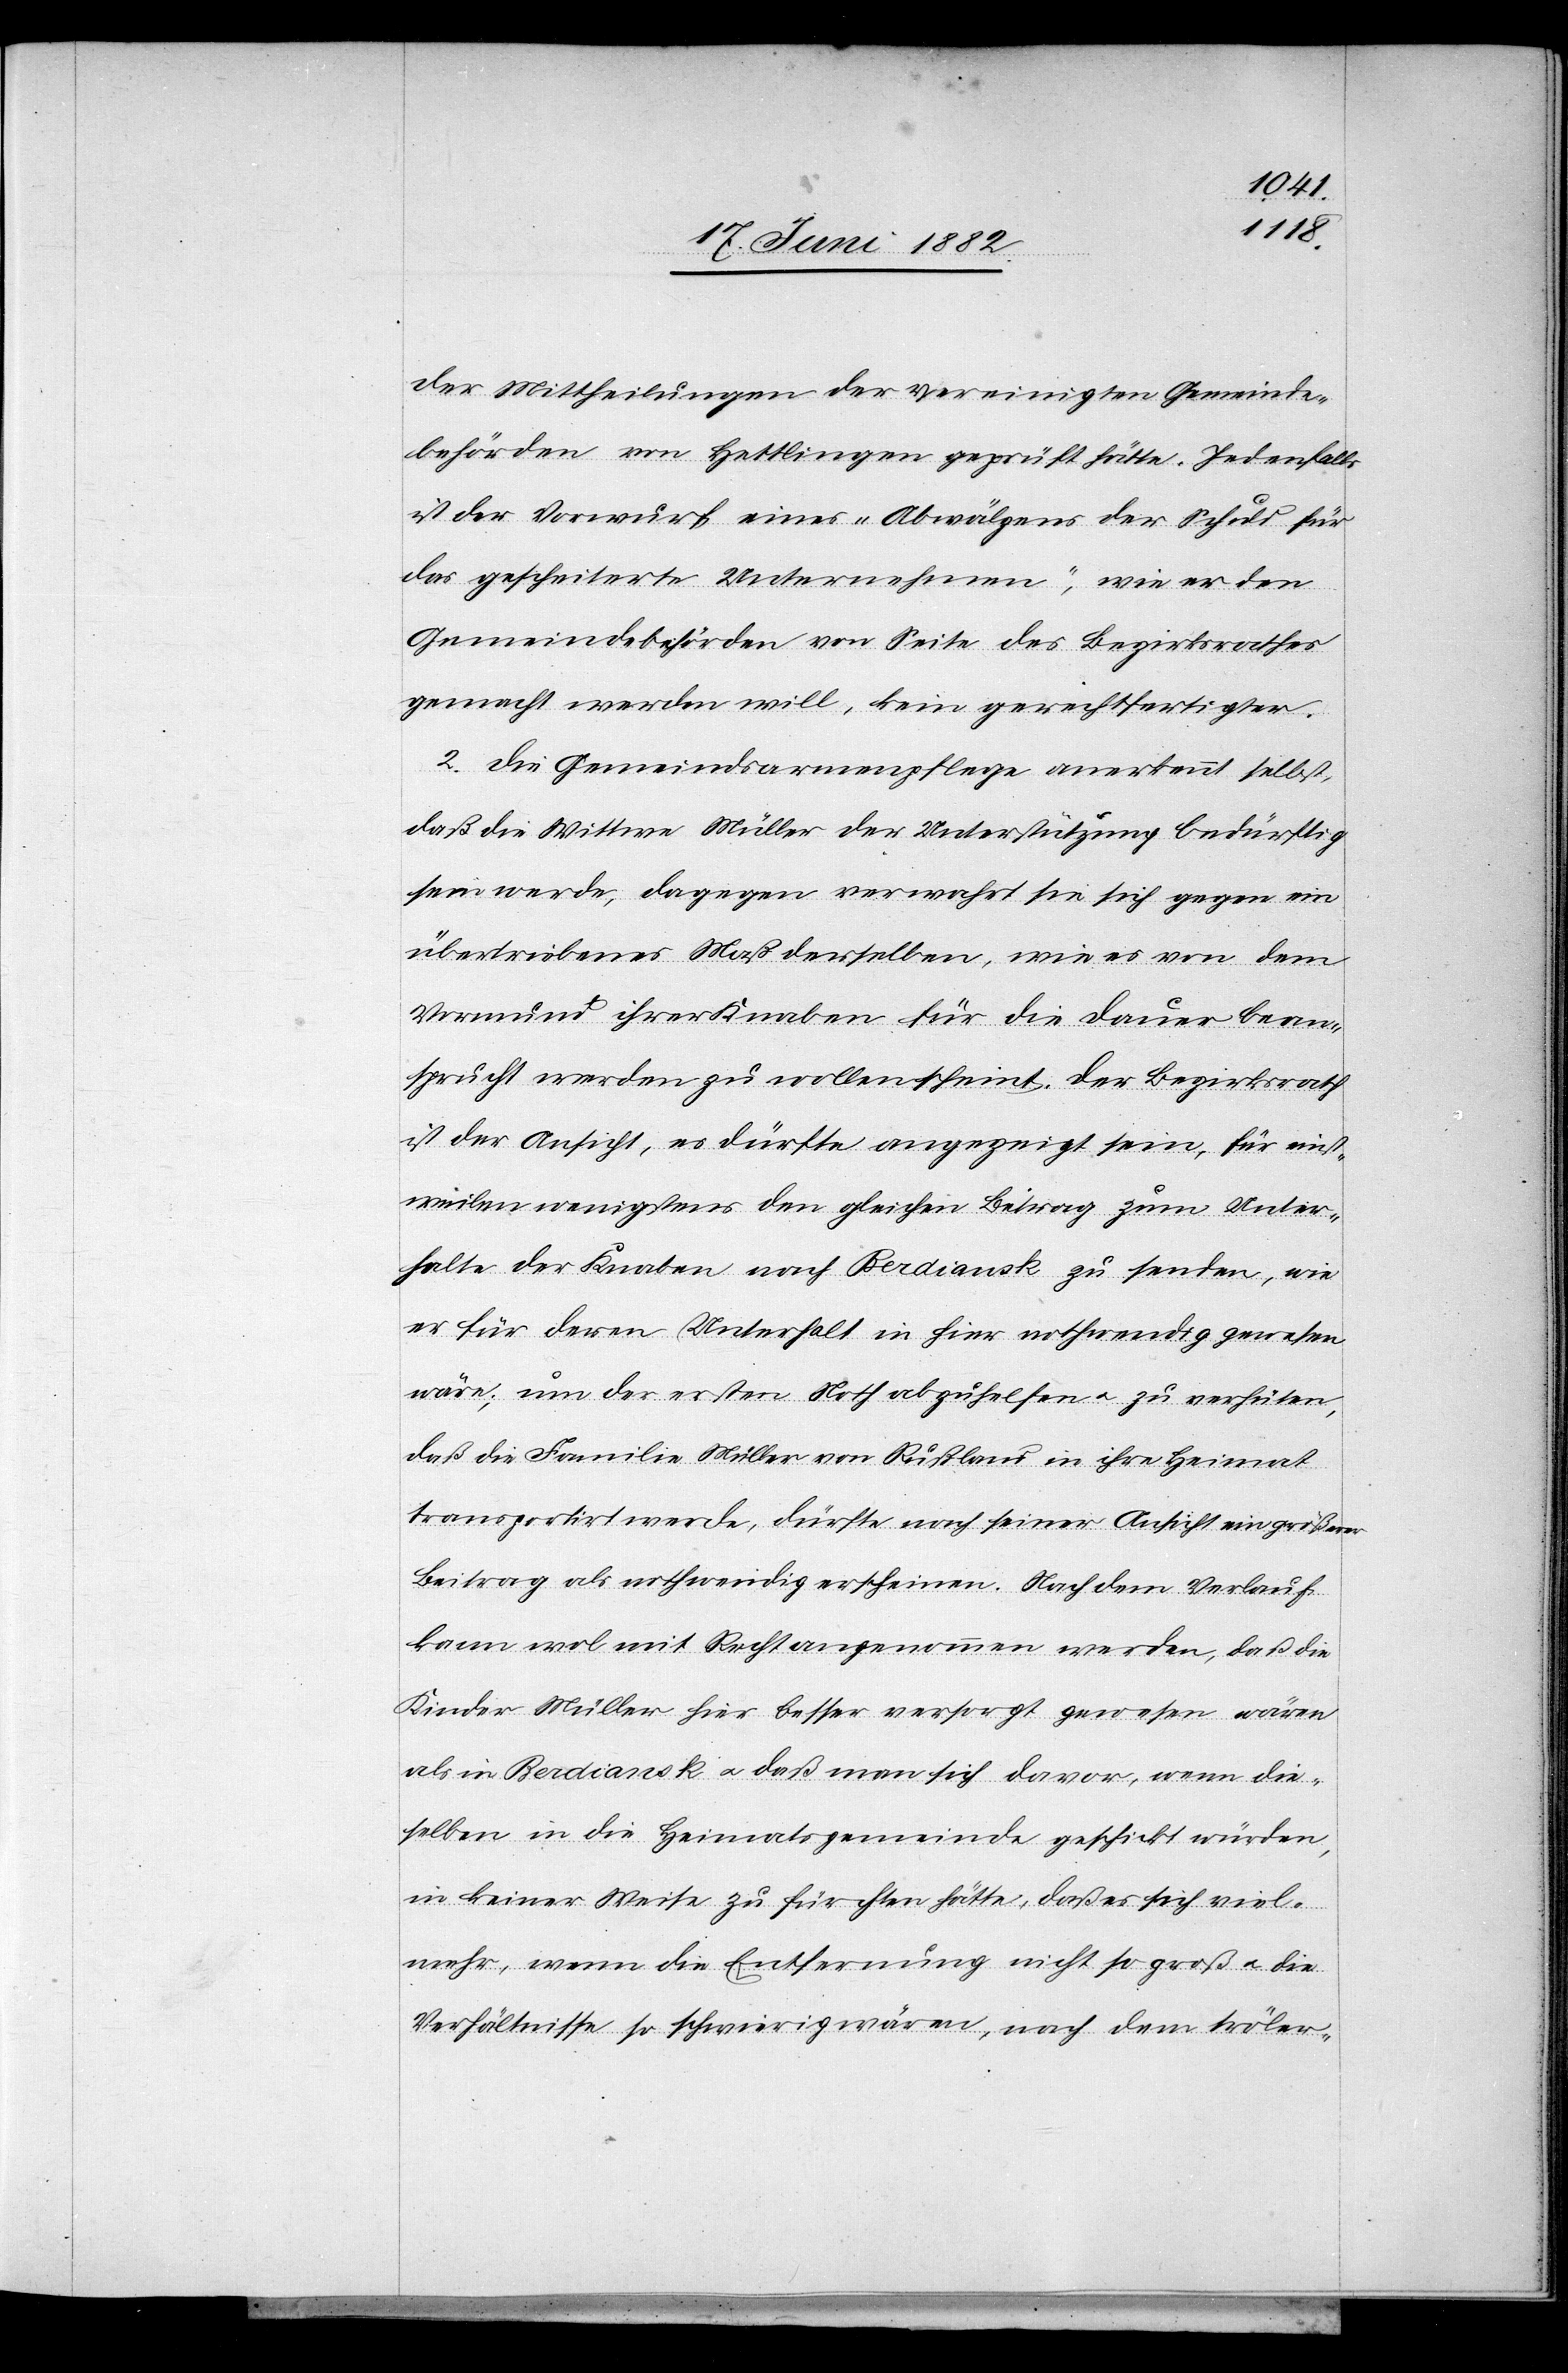
der Mittheilungen der vereinigten Gemeinde¬
behörden von Hettlingen geprüft hätte. Jedenfalls
ist der Vorwurf eines „Abwälzens der Schuld für
das gescheiterte Unternehmen“, wie er den
Gemeindebehörden von Seite des Bezirksrathes
gemacht werden will, kein gerechtfertigter.
2. Die Gemeindearmenpflege anerkennt selbst,
daß die Wittwe Müller der Unterstützung bedürftig
sein werde, dagegen verwahrt sie sich gegen ein
übertriebenes Maß derselben, wie es von dem
Vormund ihrer Kinder für die Dauer bean¬
sprucht werden zu wollen scheint. Der Bezirksrath
ist der Ansicht, es dürfte angezeigt sein, für einst¬
weilen wenigstens den gleichen Betrag zum Unter¬
halte der Knaben nach Berdiansk zu senden, wie
er für deren Unterhalt in hier nothwendig gewesen
wäre; um der ersten Noth abzuhelfen u. zu verhüten,
daß die Familie Müller von Rußland in ihre Heimat
transportirt werde, dürfte nach seiner Ansicht ein größerer
Beitrag als nothwendig erscheinen. Nach dem Verlauf
kann wol mit Recht angenommen werden, daß die
Kinder Müller hier besser versorgt gewesen wären
als in Berdiansk u. daß man sich davor, wenn die¬
selben in die Heimatgemeinde geschickt würden,
in keiner Weise zu fürchten hätte, daß es sich viel¬
mehr, wenn die Entfernung nicht so groß u. die
Verhältnisse so schwierig wären, nach dem tröler-